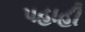
પહાહી